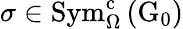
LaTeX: \sigma\in\mathrm{Sym}_{\Omega}^{\mathrm{c}}\left(\mathrm{G}_{0}\right)